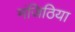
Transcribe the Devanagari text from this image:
मंजिठिया